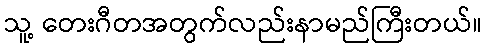
သူ့ တေးဂီတအတွက်လည်းနာမည်ကြီးတယ်။